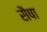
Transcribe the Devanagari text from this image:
सैषा